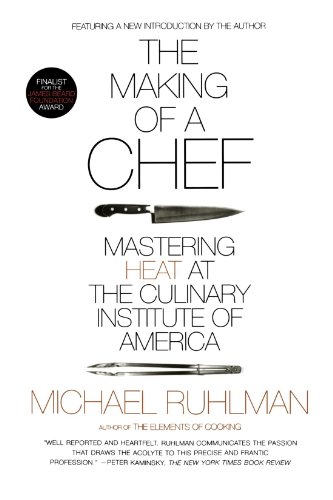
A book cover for The Making of a Chef: Mastering Heat at the Culinary Institute of America; Michael Ruhlman; Cookbooks, Food & Wine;